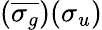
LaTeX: (\overline{{\sigma_{g}}})(\sigma_{u})